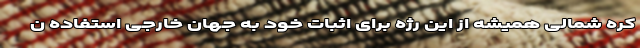
کره شمالی همیشه از این رژه برای اثبات خود به جهان خارجی استفاده ن